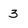
Character: 3